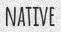
NATIVE